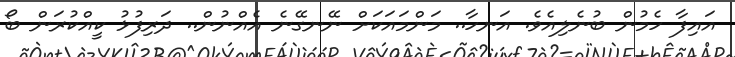
އައިފާ ހެމުން ބުނެލިއެވެ. އަނހާ.. މަންމައަކަށް ނޭނގޭނެ އެއްނުން.. ދަރިފުޅު ކީއްކުރަން ބޯ